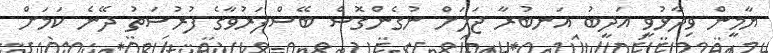
ޔާމީން ވިދާޅުވީ އަދީބު އަނބުރާ ޖަލަށް ނުގެންގޮސް ބޭސްފަރުވާގެ ފުރުސަތު ދޭނެ ކަމަށް